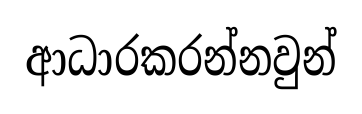
ආධාරකරන්නවුන්